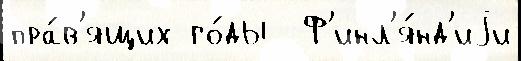
пра́в'ящих го́ды  Ф'инл'я́нд'иjи